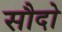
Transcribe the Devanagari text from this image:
सौदो